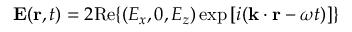
\mathbf { E } ( \mathbf { r } , t ) = 2 \mathrm { R e } \{ ( E _ { x } , 0 , E _ { z } ) \exp { [ i ( \mathbf { k } \cdot \mathbf { r } - \omega t ) ] } \}